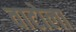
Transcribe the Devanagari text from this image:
वाटोला